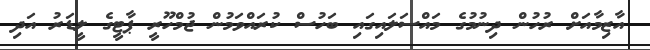
އާޒިމާއަށް ރުހުން ދިނުމުގެ މައްސަލައިގައި ބަހުސް ކުރައްވަމުން ޖުމްހޫރީ ޕާޓީގެ ލީޑަރު އަދި